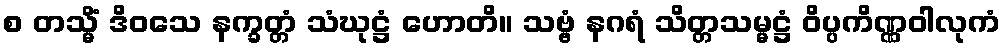
စ တသ္မိံ ဒိဝသေ နက္ခတ္တံ သံဃုဋ္ဌံ ဟောတိ။ သဗ္ဗံ နဂရံ သိတ္တသမ္မဋ္ဌံ ဝိပ္ပကိဏ္ဏဝါလုကံ